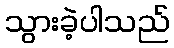
သွားခဲ့ပါသည်